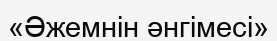
«Әжемнін әнгімесі»